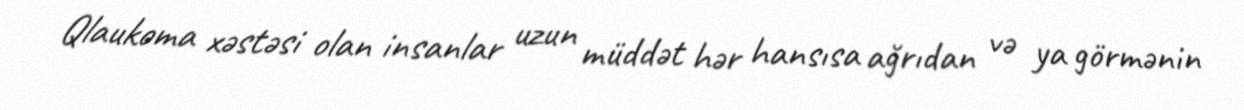
Qlaukoma xəstəsi olan insanlar uzun müddət hər hansısa ağrıdan və ya görmənin